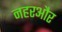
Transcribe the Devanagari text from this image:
नहरऔर